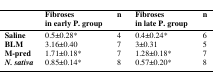
<table><thead><tr><td></td><td><b>Fibrosesin early P. group</b></td><td><b>n</b></td><td><b>Fibrosesin late P. group</b></td><td><b>n</b></td></tr></thead><tbody><tr><td><b>Saline</b></td><td>0.5±0.28*</td><td>4</td><td>0.4±0.24*</td><td>6</td></tr><tr><td><b>BLM</b></td><td>3.16±0.40</td><td>7</td><td>3±0.31</td><td>5</td></tr><tr><td><b>M-pred</b></td><td>1.71±0.18*</td><td>7</td><td>1.28±0.18*</td><td>7</td></tr><tr><td><b><i>N. sativa</i></b></td><td>0.85±0.14*</td><td>8</td><td>0.57±0.20*</td><td>8</td></tr></tbody></table>